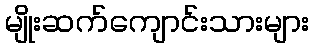
မျိုးဆက်ကျောင်းသားများ